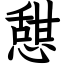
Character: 憇